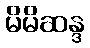
မိမိဆန္ဒ